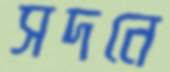
সদনে